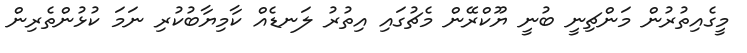
މީގެއިތުރުން މަންޗިނީ ބުނީ ޔޫކްރޭން މެޗުގައި އިތުރު ލަނޑެއް ކާމިޔާބުކުރި ނަމަ ކުޅުންތެރިން